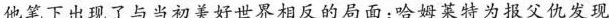
他笔下出现了与当初美好世界相反的局面：哈姆莱特为报父仇发现